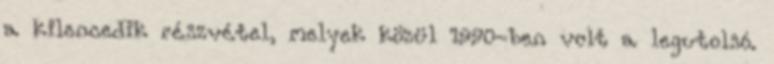
a kilencedik részvétel, melyek közül 1990-ben volt a legutolsó.